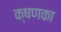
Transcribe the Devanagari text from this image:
क्षणका